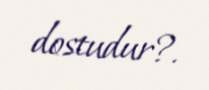
dostudur?.